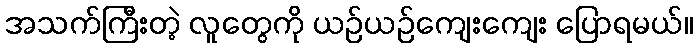
အသက်ကြီးတဲ့ လူတွေကို ယဉ်ယဉ်ကျေးကျေး ပြောရမယ်။